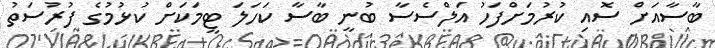
ބާސާއަށް ސޮއި ކުރުމަށްފަހު އަލްސެސާ ބުނީ ބާސާ ކަހަލަ ޓީމަކަށް ކުޅުމުގެ ފުރުސަތު